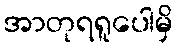
အာတုရရူပေါမှိ